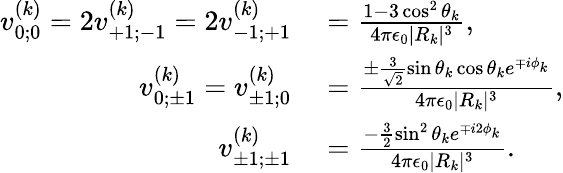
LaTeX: \begin{array}{rl}{v_{0;0}^{(k)}=2v_{+1;-1}^{(k)}=2v_{-1;+1}^{(k)}}&{{}=\frac{1-3\cos^{2}\theta_{k}}{4\pi\epsilon_{0}|R_{k}|^{3}},}\\ {v_{0;\pm 1}^{(k)}=v_{\pm 1;0}^{(k)}}&{{}=\frac{\pm\frac{3}{\sqrt{2}}\sin\theta_{k}\cos\theta_{k}e^{\mp i\phi_{k}}}{4\pi\epsilon_{0}|R_{k}|^{3}},}\\ {v_{\pm 1;\pm 1}^{(k)}}&{{}=\frac{-\frac{3}{2}\sin^{2}\theta_{k}e^{\mp i2\phi_{k}}}{4\pi\epsilon_{0}|R_{k}|^{3}}.}\end{array}